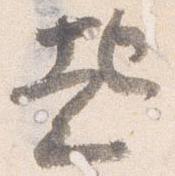
起